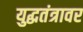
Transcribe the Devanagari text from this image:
युद्धतंत्रावर